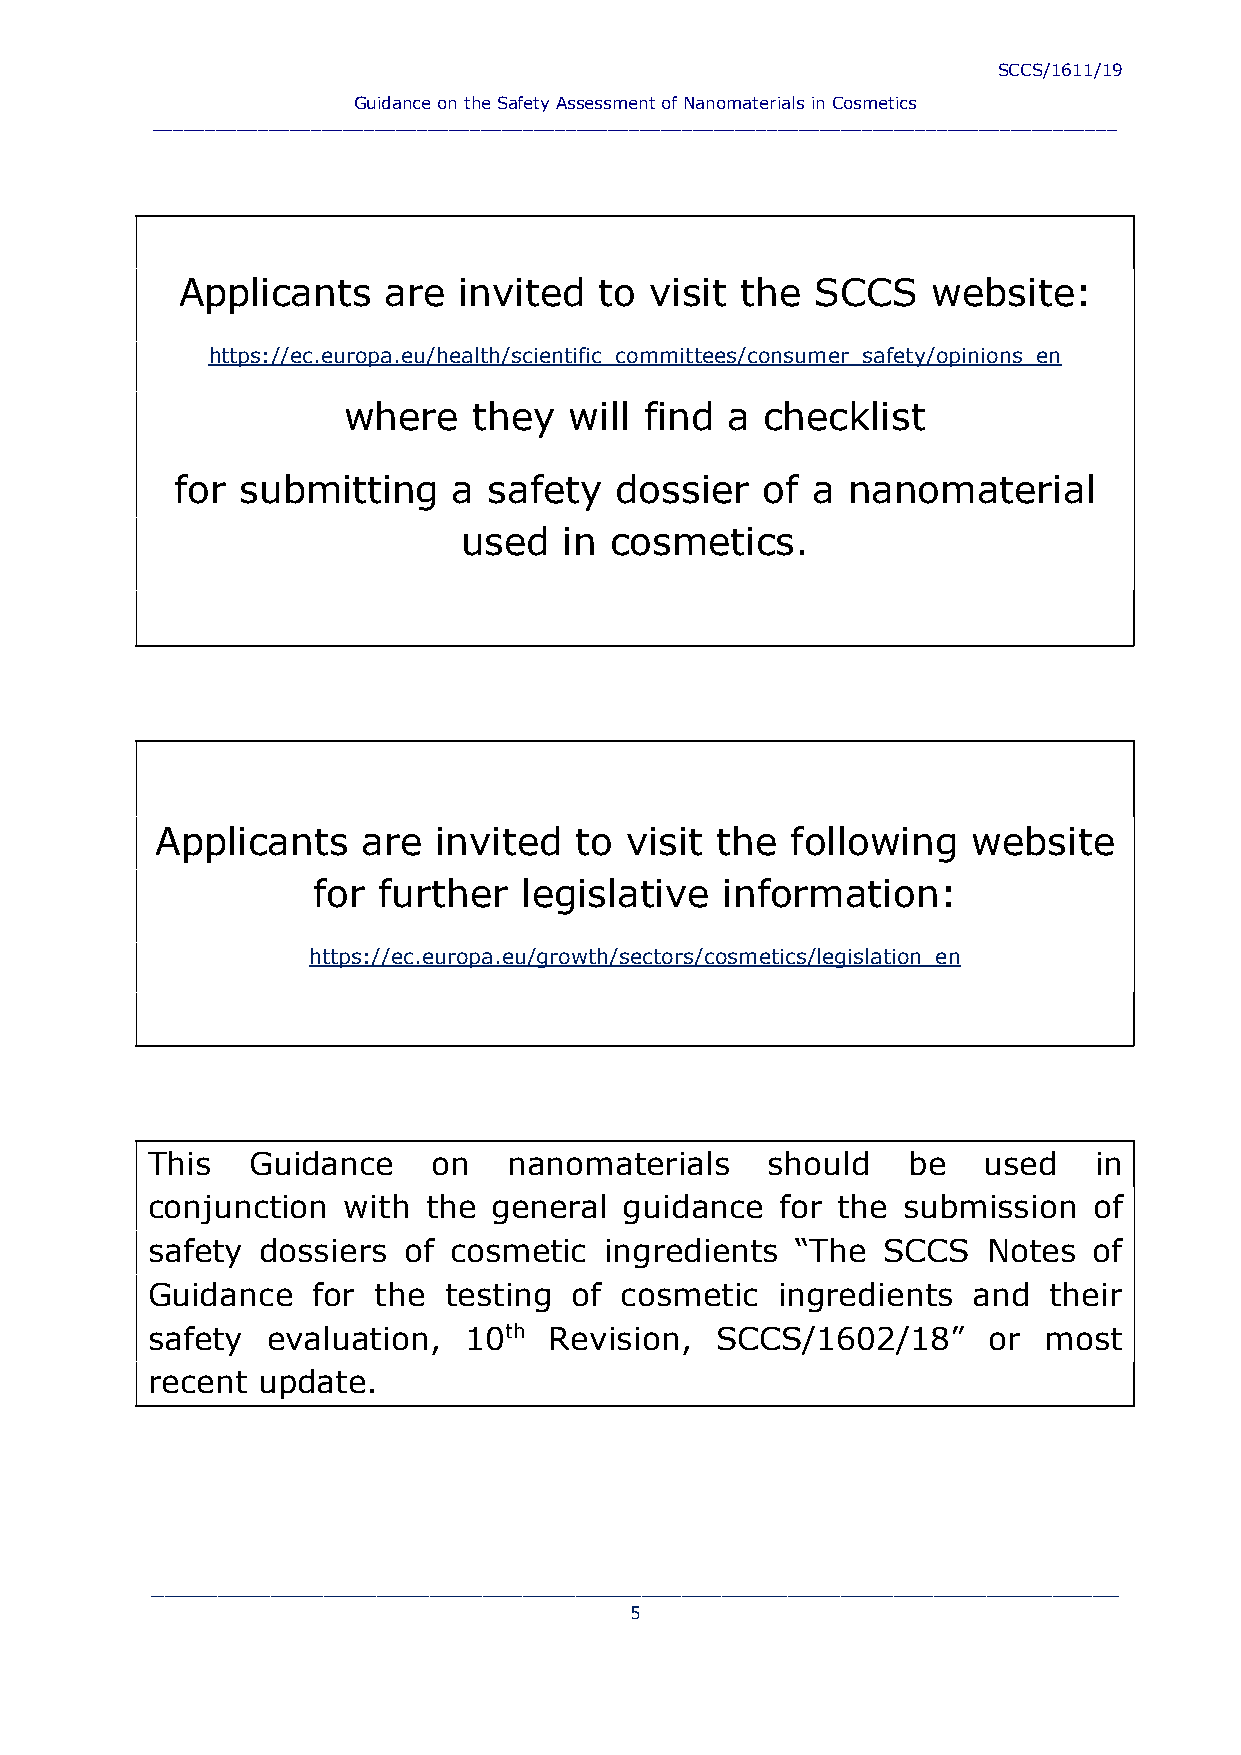
SCCS/1611/19
 Guidance on the Safety Assessment of Nanomaterials in Cosmetics
 ___________________________________________________________________________________________
 Applicants   are  invited   to visit the  SCCS    website:
 https://ec.europa.eu/health/scientific_committees/consumer_safety/opinions_en
 where   they   will find a  checklist
 for submitting    a safety   dossier   of a nanomaterial
 used  in cosmetics.
 Applicants    are  invited  to visit the  following   website
 for further   legislative  information:
 https://ec.europa.eu/growth/sectors/cosmetics/legislation_en
 This  Guidance     on   nanomaterials    should   be   used   in
 conjunction  with the general  guidance   for the submission  of
 safety dossiers  of cosmetic  ingredients  “The SCCS   Notes  of
 Guidance   for the testing  of cosmetic   ingredients and  their
 safety  evaluation,  10th Revision,  SCCS/1602/18”     or  most
 recent update.
 _________________________________________________________________________
 5